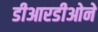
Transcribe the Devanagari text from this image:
डीआरडीओने